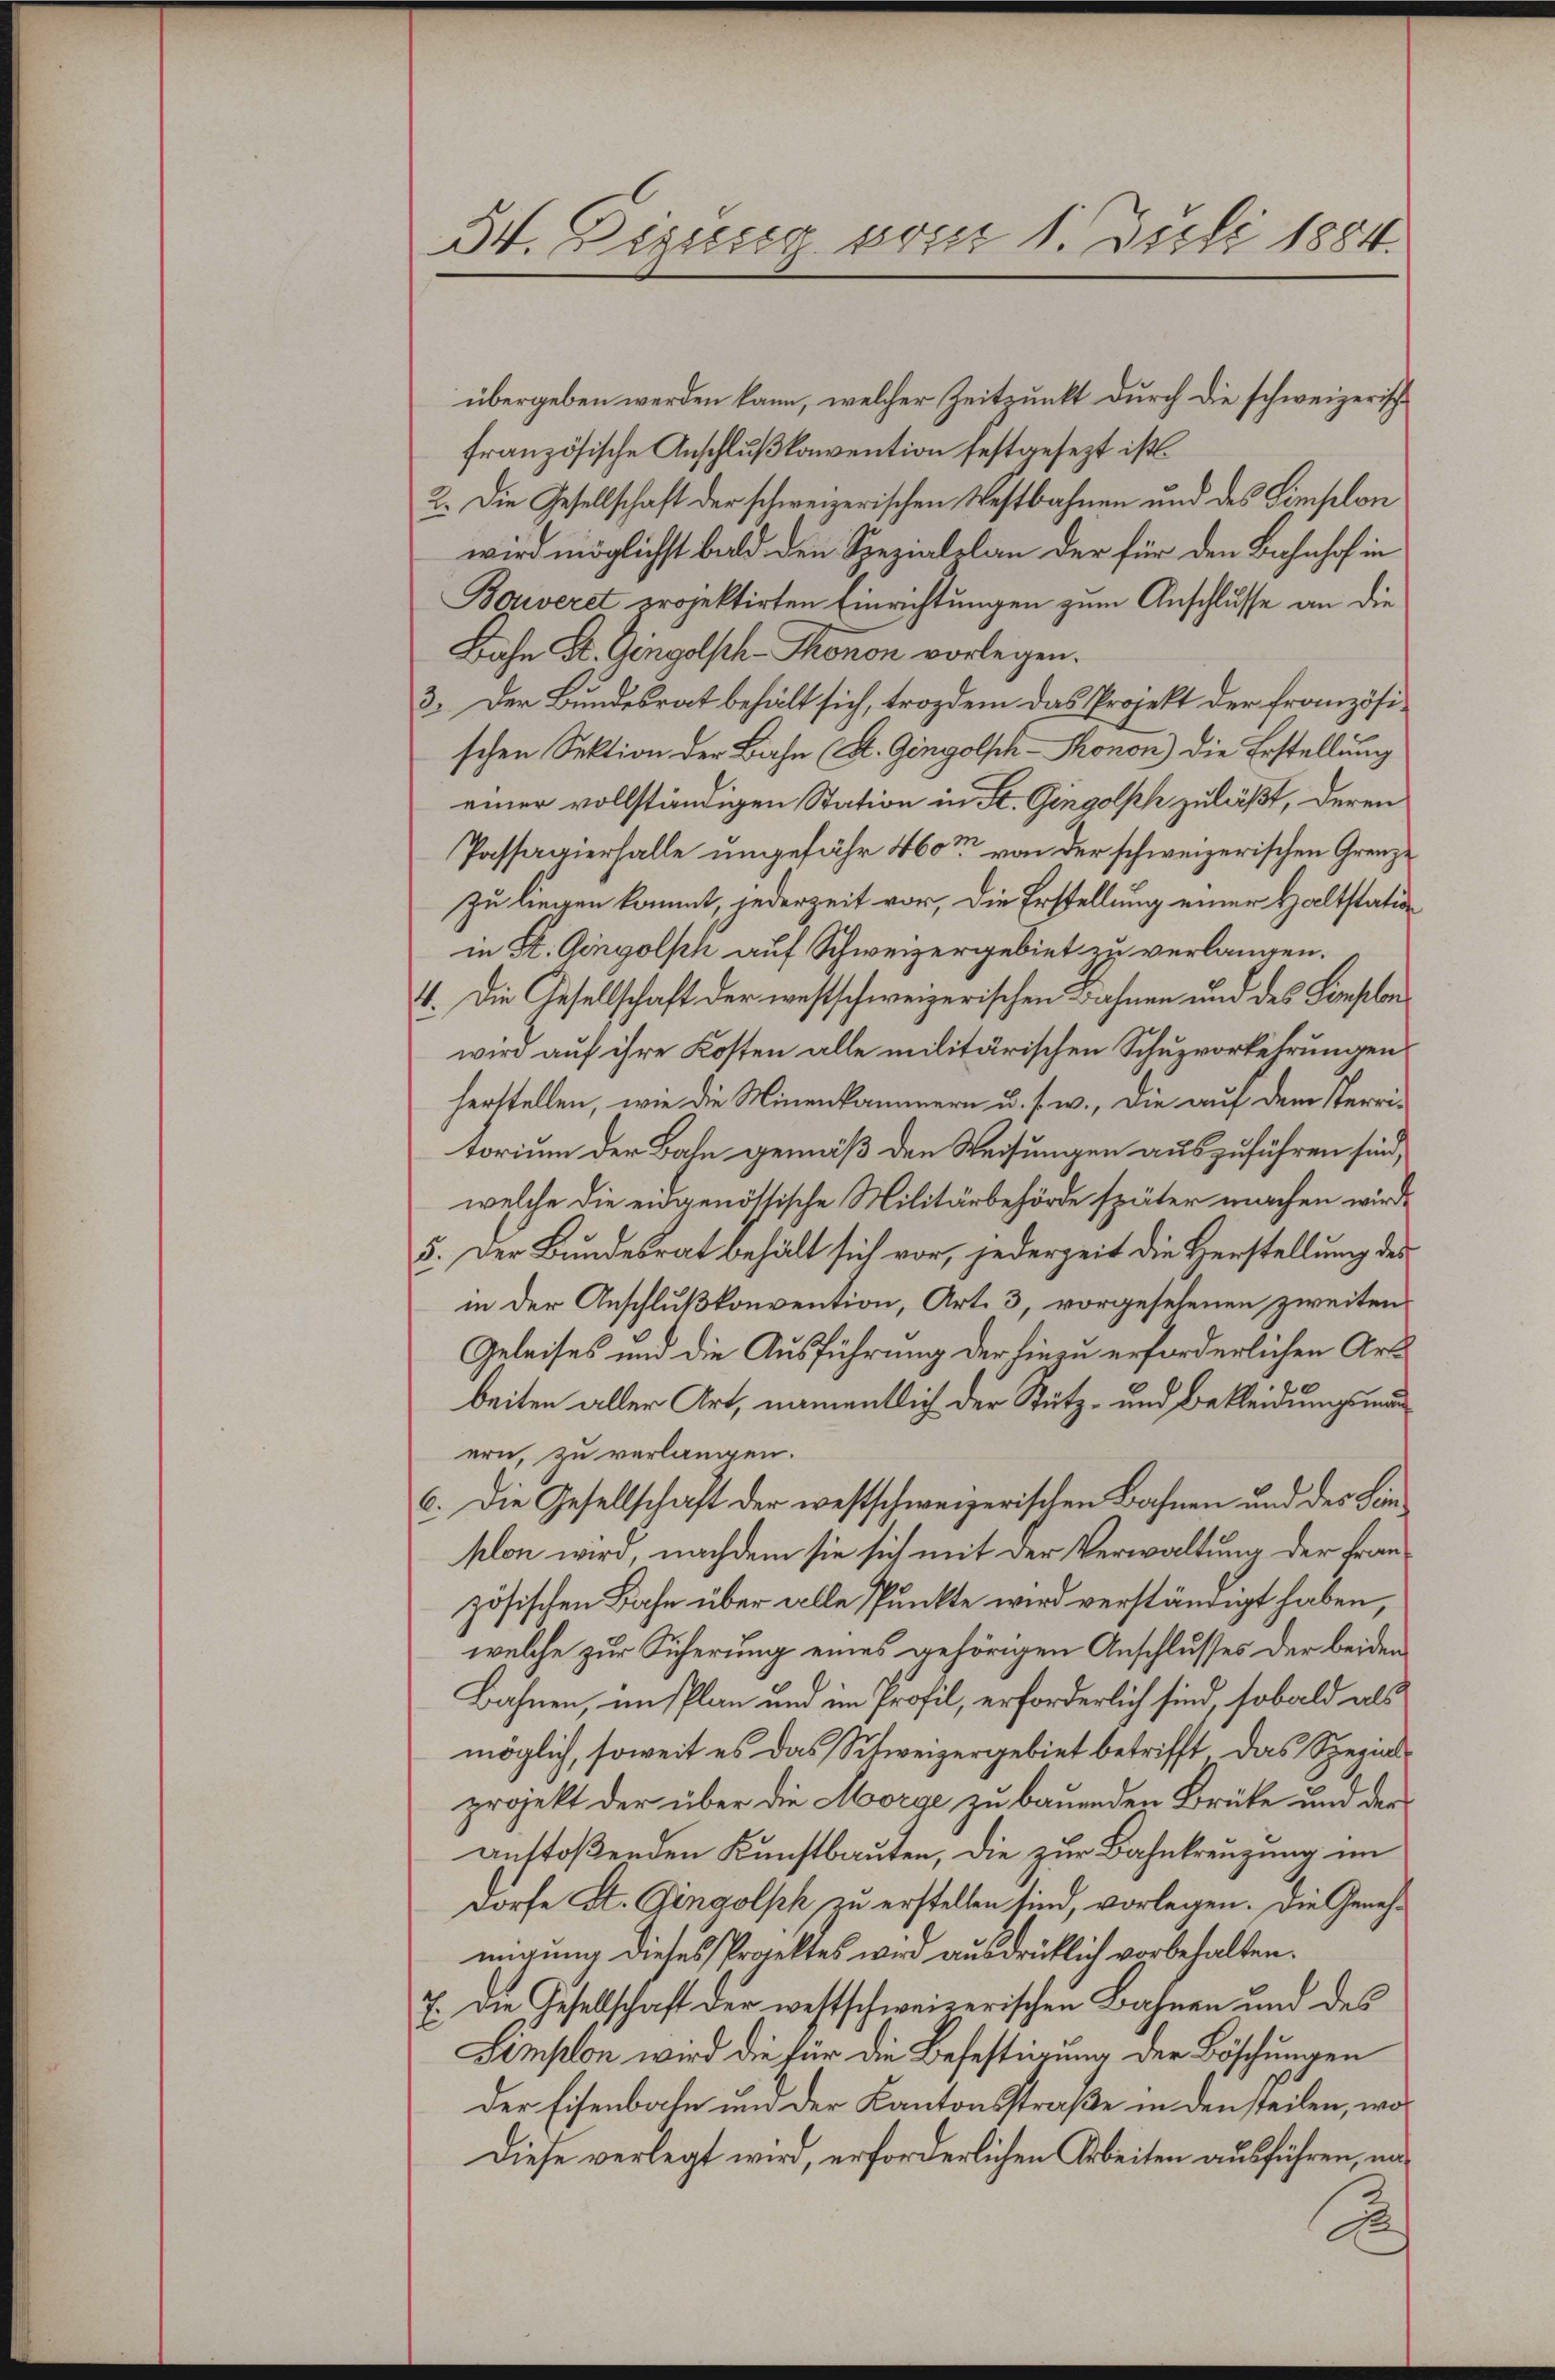
IV. Desserer vom 1. Juli 1884.

übergeben werden kann, welcher Zeitpunkt durch die schweizerische
französische Anschlußkonvention festgesezt ist.
2. Die Gesellschaft der schweizerischen Westbahnen und des Simselon
wird möglichst bald den Spezialplan der für den Bahnhof in
Bouveret projektirten Einrichtungen zum Anschlusse an die
Bahn Dr. Gingolsch-Thronon vorlegen.
3. Der Bundesrat behält sich, trozdem das Projekt der französischen Sektion der Bahn (A. Gingolsch-Monon) die Erstellung
einer vollständigen Station in St. Gingolph zuläßt, deren
Passavierhalle ungefähr 460m von der schweizerischen Grenze
zu liegen kommt, jederzeit vor, die Erstellung einer Haltstati
in St. Gingolph auf Schweizergebiet zu verlangen.
4. Die Gesellschaft der westschweizerischen Bahnen und des Sempelan
wird auf ihre Kosten alle militärischen Schuzvorkehrungen
herstellen, wie die Minenkammern u. s. w., die auf dem Terri-
torium der Bahn gemäß den Weisungen auszuführen sind,
welche die eingenössische Militärbehörde später machen wird.
5. Der Bundesrat behält sich vor, jederzeit die Herstellung des
in der Anschlußkonvention, Art. 3, vorgesehenen zweiten
Geleises und die Ausführung der hiezu erforderlichen Art
beiten aller Art, namentlich der Stutz- und Bekleidungsman
ern, zu verlangen.
c. Die Gesellschaft der westschweizerischen Bahnen und des Linklon wird, nachdem sie sich mit der Verwaltung der Frau
zösischen Bahn über alle Punkte wird verständigt haben,
welche zur Sicherung eines gehörigen Anschlusses der beiden
Bahnen, im Plan und im Profil, erforderlich sind, sobald als
möglich, soweit es das Schweizergebiet betrifft das Spezialprojekt der über die Morge zu bauenden Brüke und der
anstoßenden Kunstbauten, die zur Bahnkreuzung im
dorfe St. Gingolph zu erstellen sind, vorlegen. Die Genehmigung dieses Proektes wird ausdrüklich vorbehalten.
7. Die Gesellschaft der westschweizerischen Bahnen und des
Simplon wird die für die Befestigung der Böschungen
Der Eisenbahn und der Kantonsstraße in den steilen, wo¬
Diese verlegt wird, erforderlichen Arbeiten ausführen, na¬
.